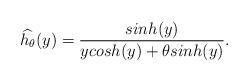
LaTeX: \begin{align*}\widehat{h_\theta}(y)=\frac{sinh(y)}{ y cosh( y)+ \theta sinh( y)}.\end{align*}